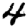
Digit: 4